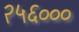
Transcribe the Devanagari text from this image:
२५६०००